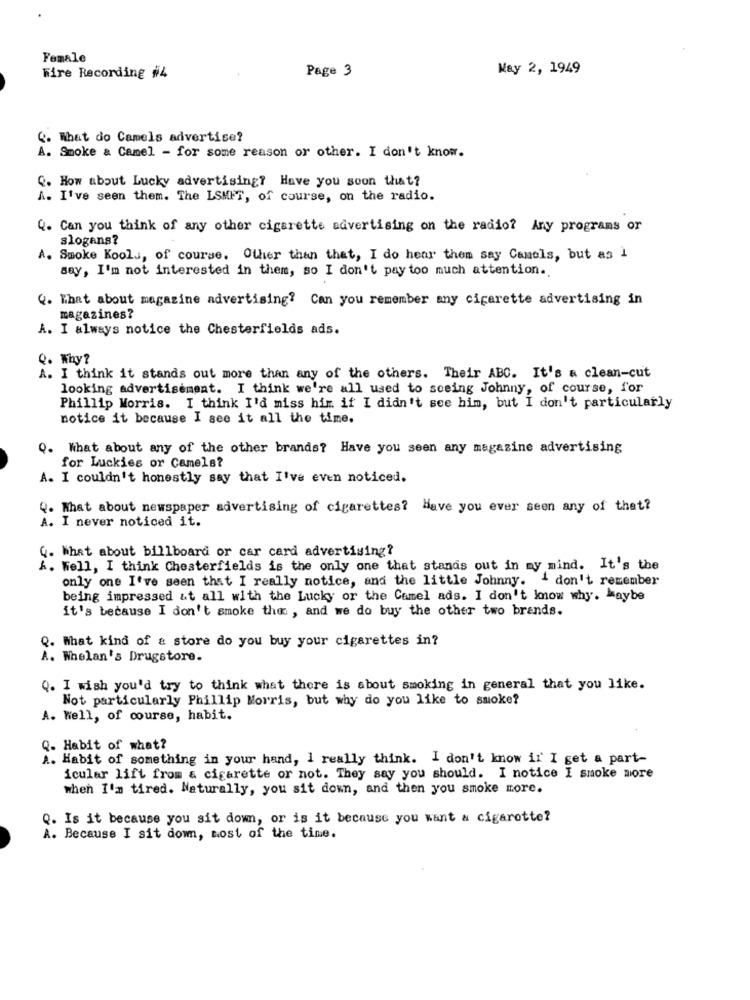
Female
May 2, 1949
Fire Recording #4
Page 3
Q. What do Camels advertise?
A. Smoke & Camel - for some reason or other. I don't know.
Q. How about Lucky advertising? Have you soon that?
A. I've seen them. The LSMFT, of course, on the radio.
Q. Can you think of any other cigarette advertising on the radio? Any programs or
slogans?
A. Smoke Koolu, of course. Other than that, I do hear them say Camels, but as 1
say, I'm not interested in them, so I don't pay too much attention ..
Q. That about magazine advertising? Can you remember any cigarette advertising in
magazines?
A. I always notice the Chesterfields ads.
Q. Why?
A. I think it stands out more than any of the others. Their ABC. It's a clean-cut
looking advertisement. I think we're all used to seeing Johnny, of course, for
Phillip Morris. I think I'd miss him if I didn't see him, but I don't particularly
notice it because I see it all the time.
Q. What about any of the other brands? Have you seen any magazine advertising
for Luckies or Camels?
A. I couldn't honestly say that I've even noticed.
Q. What about newspaper advertising of cigarettes? Have you ever seen any of that?
A. I never noticed it.
Q. What about billboard or car card advertising?
A. Well, I think Chesterfields is the only one that stands out in my mind. It's the
only one I've seen that I really notice, and the little Johnny.
i don't remember
being impressed &t all with the Lucky or the Camel ads. I don't know why. Maybe
it's because I don't smoke the , and we do buy the other two brands.
Q. What kind of & store do you buy your cigarettes in?
A. Whelan's Drugstore.
Q. I wish you'd try to think what there is about smoking in general that you like.
Not particularly Phillip Morris, but why do you like to smoke?
A. Well, of course, habit.
Q. Habit of what?
A. Habit of something in your hand, I really think. I don't know ir I get a part-
icular lift from & cigarette or not. They say you should. I notice I smoke more
when I'm tired. Naturally, you sit down, and then you smoke more.
Q. Is it because you sit down, or is it because you want a cigarette?
A. Because I sit dom, most of the time.